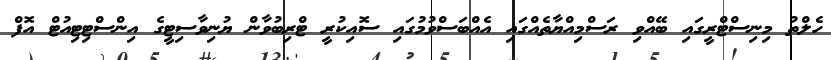
ހެލްތު މިނިސްޓްރީގައި ބޭއްވި ރަސްމިއްޔާތެއްގައި އެއްބަސްވުމުގައި ސޮއިކުރީ ޓްރިބުވާން ޔުނިވާސިޓީގެ އިންސްޓިޓިއުޓް އޮފް